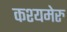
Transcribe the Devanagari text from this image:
कश्यमेरु